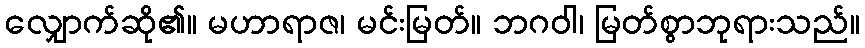
လျှောက်ဆို၏။ မဟာရာဇ၊ မင်းမြတ်။ ဘဂဝါ၊ မြတ်စွာဘုရားသည်။